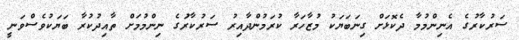
ސަރުކާރުގެ އެނިންމުމާ ދެކޮޅަށް ގިނަބަޔަކު މުޒާހަރާ ކުރަމުންދާއިރު ސަރުކާރަުގެ ނިންމުމަށް ތާއިދުކުރާ ބަޔަކުވެސްވަނީ